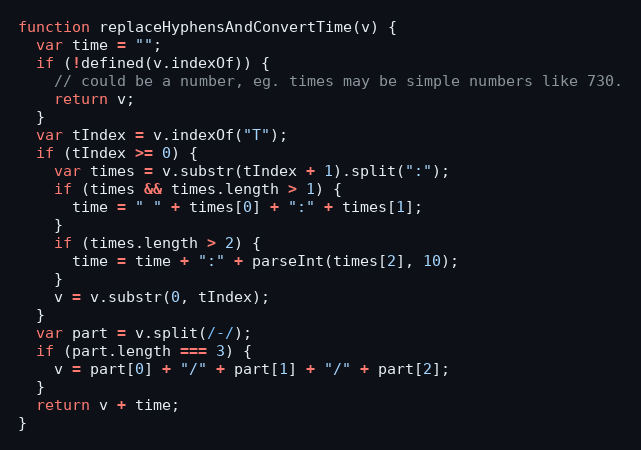
Language: JavaScript
function replaceHyphensAndConvertTime(v) {
  var time = "";
  if (!defined(v.indexOf)) {
    // could be a number, eg. times may be simple numbers like 730.
    return v;
  }
  var tIndex = v.indexOf("T");
  if (tIndex >= 0) {
    var times = v.substr(tIndex + 1).split(":");
    if (times && times.length > 1) {
      time = " " + times[0] + ":" + times[1];
    }
    if (times.length > 2) {
      time = time + ":" + parseInt(times[2], 10);
    }
    v = v.substr(0, tIndex);
  }
  var part = v.split(/-/);
  if (part.length === 3) {
    v = part[0] + "/" + part[1] + "/" + part[2];
  }
  return v + time;
}